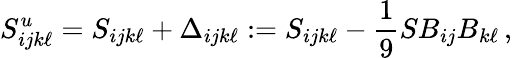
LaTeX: S_{ijk\ell}^{u}=S_{ijk\ell}+\Delta_{ijk\ell}:=S_{ijk\ell}-\frac{1}{9}SB_{ij}B_{k\ell}\, ,